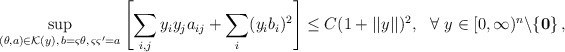
\begin{align*} \sup_{(\theta,a)\in \mathcal{K}(y),\,b=\varsigma\theta,\, \varsigma\varsigma'=a} \left[\sum_{i,j}y_i y_j a_{ij} +\sum_i (y_i b_i)^2\right]\le C(1+||y||)^2, \ \ \forall ~ y\in [0,\infty)^n \backslash \{\mathbf{ 0}\}\,,\end{align*}